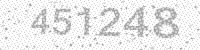
Solution: 451248